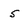
Character: 5